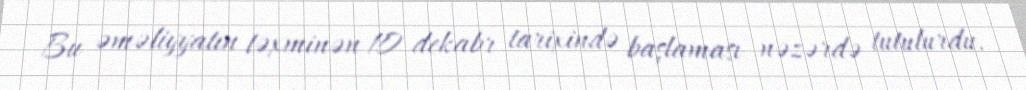
Bu əməliyyatın təxminən 10 dekabr tarixində başlaması nəzərdə tutulurdu.